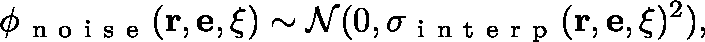
\phi _ { \mathrm { ~ n ~ o ~ i ~ s ~ e ~ } } ( \mathbf { r } , \mathbf { e } , \mathbf { \xi } ) \sim \mathcal { N } ( 0 , \sigma _ { \mathrm { ~ i ~ n ~ t ~ e ~ r ~ p ~ } } ( \mathbf { r } , \mathbf { e } , \mathbf { \xi } ) ^ { 2 } ) ,